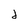
Character: 2